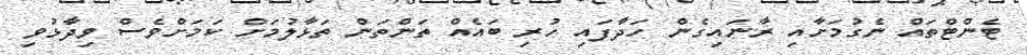
ޓެންޓްތައް ނެގުމަށާއި ރާނައިގެން ހަދާފައި ހުރި ބައެއް ތަންތަން ތަޅާލުމަށް ކަމަށްވެސް ވިދާޅުވި